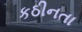
કઠીનતા